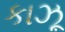
કાઝૂ